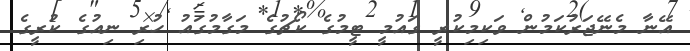
އޭނާ މެނޭޖަރުކަމުން ވަކިމިކުރީ ގައުމީ ޓީމުގެ ކޯޗުގެ މަގާމުގައު ހުރި ނިއުގެ ކުރީގެ